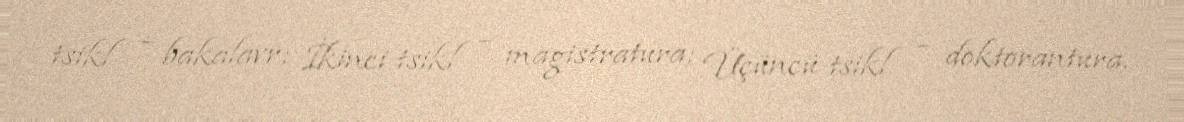
tsikl – bakalavr; İkinci tsikl – magistratura; Üçüncü tsikl – doktorantura.